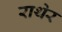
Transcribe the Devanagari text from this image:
राथेर